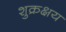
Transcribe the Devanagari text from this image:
शुक्रक्षय